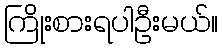
ကြိုးစားရပါဦးမယ်။